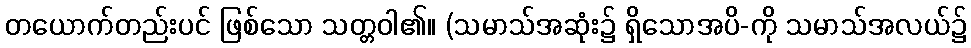
တယောက်တည်းပင် ဖြစ်သော သတ္တဝါ၏။ (သမာသ်အဆုံး၌ ရှိသောအပိ-ကို သမာသ်အလယ်၌